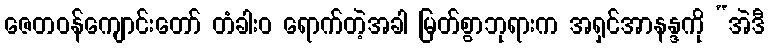
ဇေတဝန်ကျောင်းတော် တံခါးဝ ရောက်တဲ့အခါ မြတ်စွာဘုရားက အရှင်အာနန္ဒကို “အဲဒီ